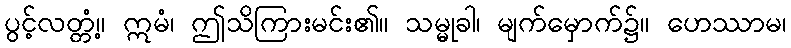
ပွင့်လတ္တံ့။ ဣမံ၊ ဤသိကြားမင်း၏။ သမ္မုခါ၊ မျက်မှောက်၌။ ဟေဿာမ၊